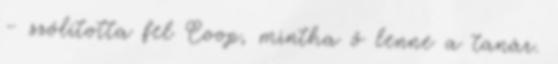
– szólította fel Coop, mintha ő lenne a tanár.